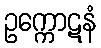
ဥက္ကောဋနံ